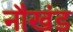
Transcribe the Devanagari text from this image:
नौखंड